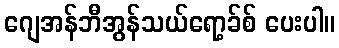
ဂျေအန်ဘီအွန်သယ်ရော့ခ်စ် ပေးပါ။